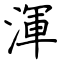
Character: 渾